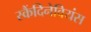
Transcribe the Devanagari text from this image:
स्कैंदिनेवियंस